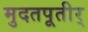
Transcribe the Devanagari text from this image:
मुदतपूतीर्